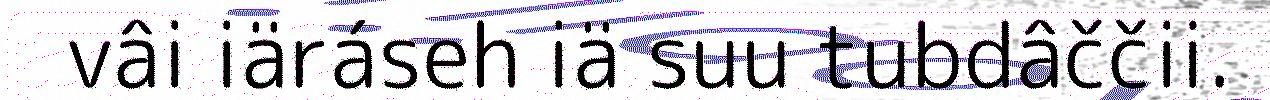
vâi iäráseh iä suu tubdâččii.